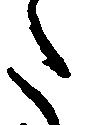
た